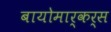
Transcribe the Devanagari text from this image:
बायोमार्कर्स